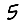
Digit: 5